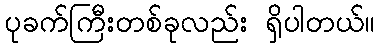
ပုခက်ကြီးတစ်ခုလည်း ရှိပါတယ်။